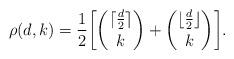
LaTeX: \begin{align*}\rho(d, k) = \frac{1}{2}\biggl[{\lceil \frac{d}{2} \rceil \choose k} + {\lfloor \frac{d}{2} \rfloor \choose k}\biggr].\end{align*}